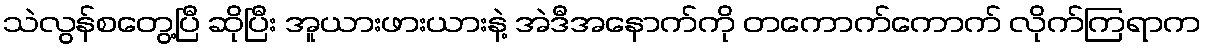
သဲလွန်စတွေ့ပြီ ဆိုပြီး အူယားဖားယားနဲ့ အဲဒီအနောက်ကို တကောက်ကောက် လိုက်ကြရာက